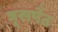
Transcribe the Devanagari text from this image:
घूसपैठ